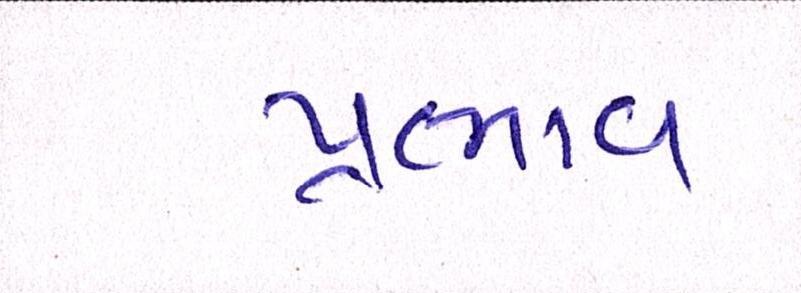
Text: પ્રભાવ